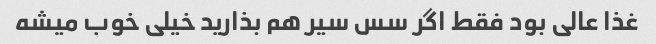
غذا عالی بود فقط اگر سس سیر هم بذارید خیلی خوب میشه